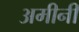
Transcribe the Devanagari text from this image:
अमीनी